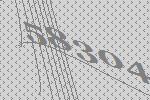
58304